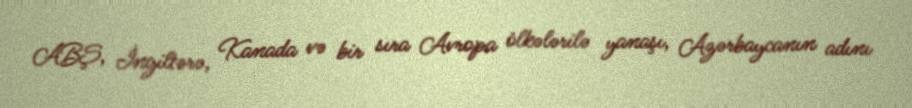
ABŞ, İngiltərə, Kanada və bir sıra Avropa ölkələrilə yanaşı, Azərbaycanın adını